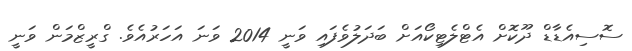
ސޮސިއެޑާޑް ދޫކޮށް އެޓްލެޓިކޯއަށް ބަދަލުވެފައި ވަނީ 2014 ވަނަ އަހަރުއެވެ. ގްރީޒްމަން ވަނީ